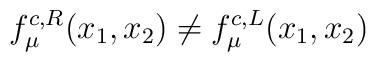
f_{\mu}^{c, R}(x_{1}, x_{2}) \neq f_{\mu}^{c, L}(x_{1}, x_{2})